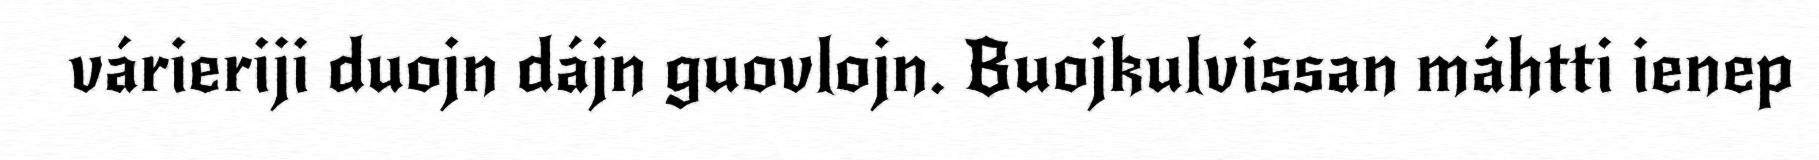
várieriji duojn dájn guovlojn. Buojkulvissan máhtti ienep